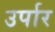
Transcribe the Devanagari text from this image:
उर्पार